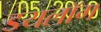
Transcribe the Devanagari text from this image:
डयलॉग